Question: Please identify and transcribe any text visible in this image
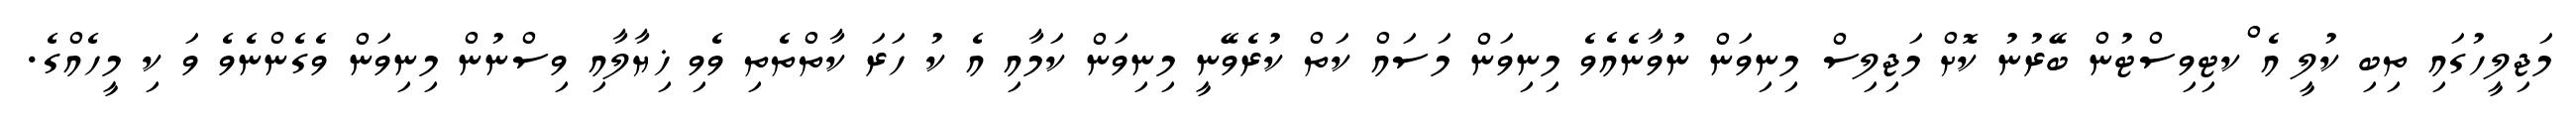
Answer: މަޖިލީހުގައި ތިބި ކުލީ އެ ްކޓިވިސްޓުން ބޭރުނު ކޮށް މަޖިލިސް މިނިވަން ނުވާނެއެވެ މިނިވަން މަސައް ކަތް ކުރެވޭނީ މިނިވަން ކަމާއި އެ ކު ހަރަ ކާތްތެތި ވެވި ޚިޔާލާއި ވިސްނުން މިނިވަން ވެގެންނެވެ ވަ ކި މީހެއްގެ.